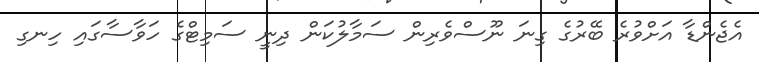
އެޖެންޑާ އަށްވުރެ ބޭރުގެ ގިނަ ނޫސްވެރިން ސަމާލުކަން ދިނީ ސަމިޓްގެ ހަވާސާގައި ހިނގި